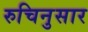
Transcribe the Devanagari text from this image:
रुचिनुसार